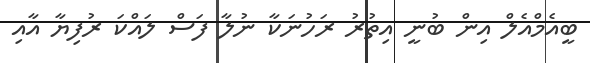
ބީއެމްއެލް އިން ބުނީ އިތުރު ރަހުނަކާ ނުލާ ފަސް ލައްކަ ރުފިޔާ އާއި